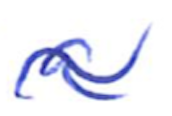
Text: a
Cross-out: wave
Writing tool: ballpoint